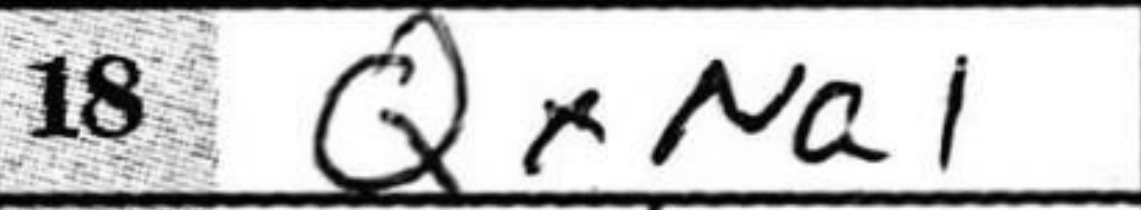
Transcription: QxNa1